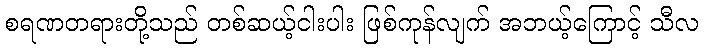
စရဏတရားတို့သည် တစ်ဆယ့်ငါးပါး ဖြစ်ကုန်လျက် အဘယ့်ကြောင့် သီလ